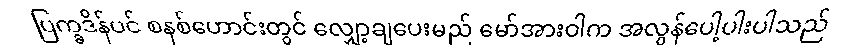
ပြက္ခဒိန်ပင် စနစ်ဟောင်းတွင် လျှော့ချပေးမည် မော်အားဝါက အလွန်ပေါ့ပါးပါသည်